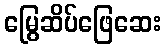
မြွေဆိပ်ဖြေဆေး